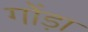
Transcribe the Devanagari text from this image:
गोंड़ा